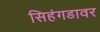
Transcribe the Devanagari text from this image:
सिहंगडावर